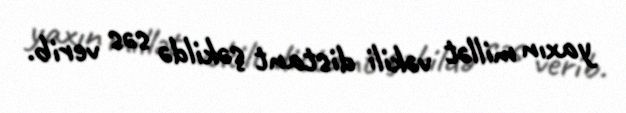
yaxın millət vəkili distant şəkildə səs verib.